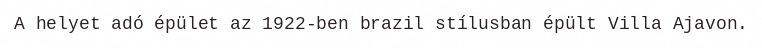
A helyet adó épület az 1922-ben brazil stílusban épült Villa Ajavon.